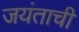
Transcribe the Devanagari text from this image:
जयंताची